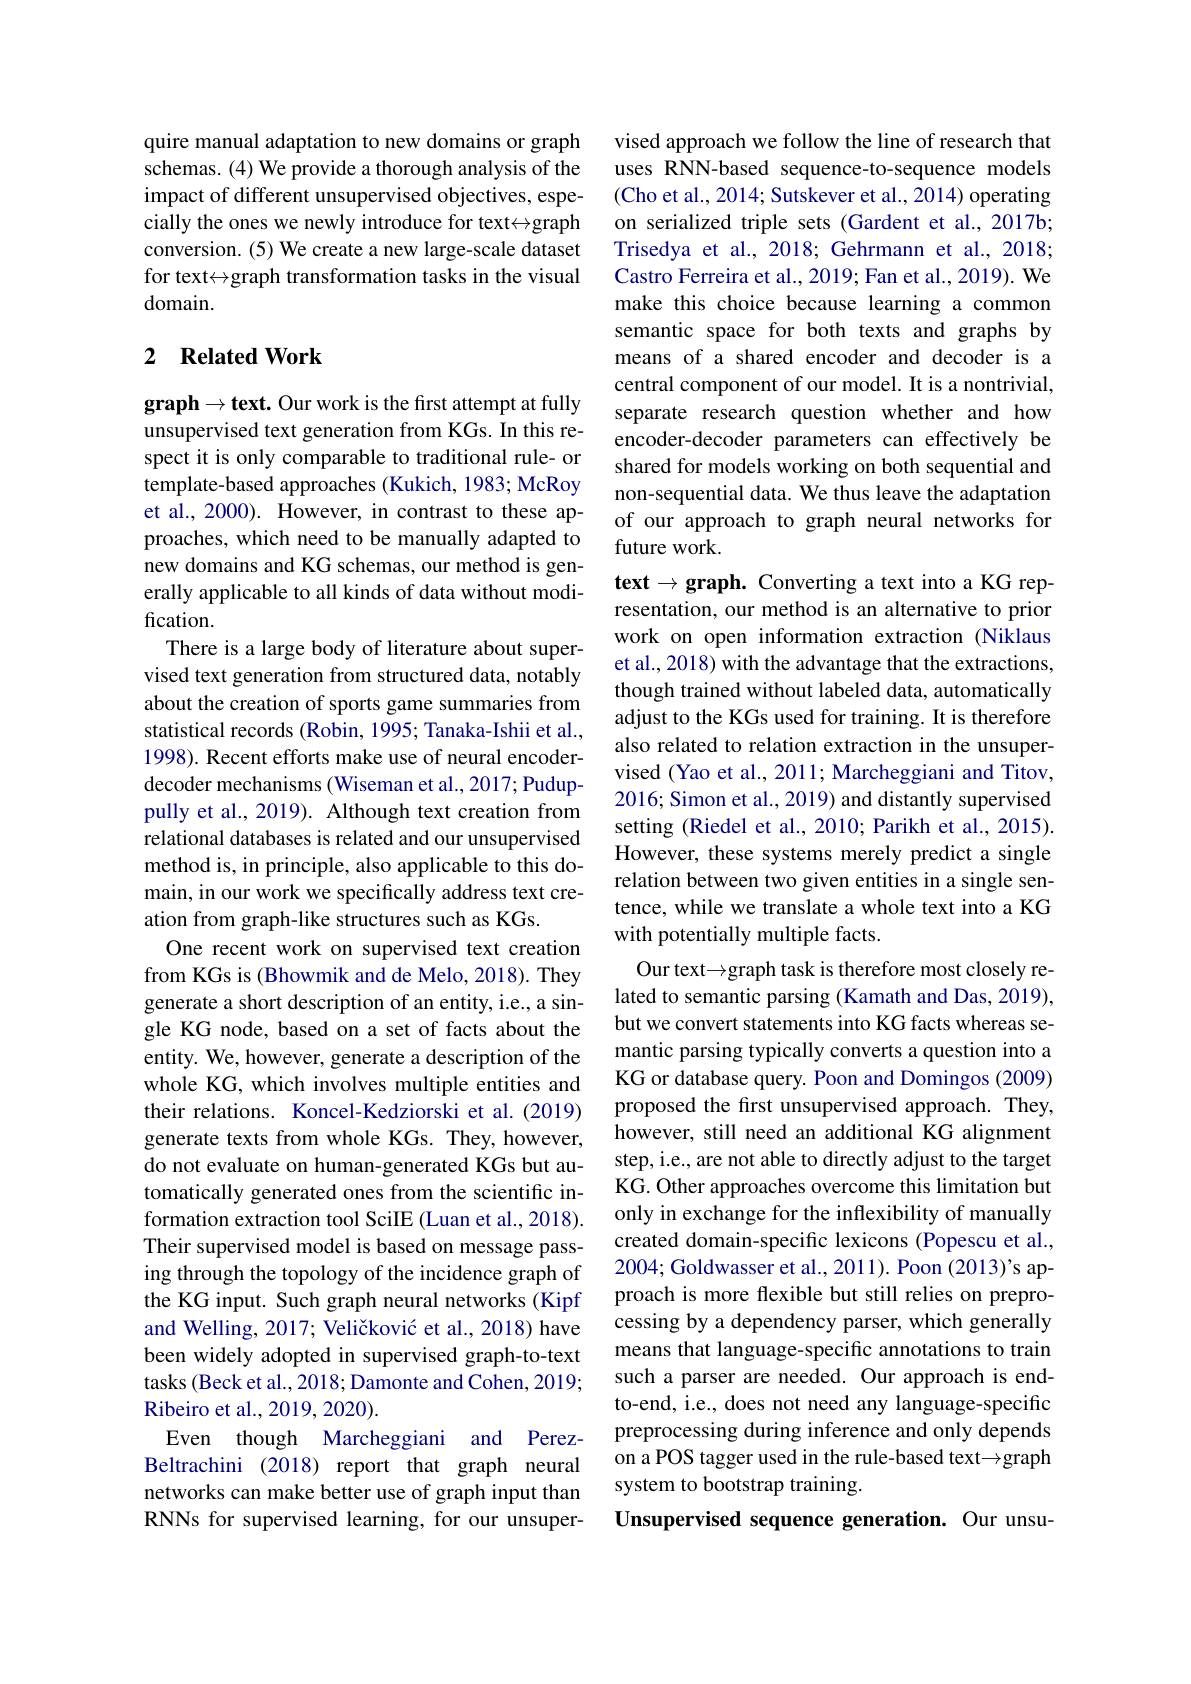
quire manual adaptation to new domains or graph schemas. (4) We provide a thorough analysis of the impact of different unsupervised objectives, especially the ones we newly introduce for text$\leftrightarrow$graph conversion. (5) We create a new large-scale dataset for text$\leftrightarrow$graph transformation tasks in the visual domain.

## 2 $\textbf{Related Work}$

$\mathbf{graph}\to\mathbf{text.~Our~work~is~the~first~attempt~at~fully}$ unsupervised text generation from KGs. In this respect it is only comparable to traditional rule- or template-based approaches (Kukich, 1983; McRoy et al., 2000). However, in contrast to these approaches, which need to be manually adapted to new domains and KG schemas, our method is generally applicable to all kinds of data without modification.
There is a large body of literature about supervised text generation from structured data, notably about the creation of sports game summaries from statistical records (Robin, 1995; Tanaka-Ishii et al., 1998). Recent efforts make use of neural encoderdecoder mechanisms (Wiseman et al., 2017; Puduppully et al., 2019). Although text creation from relational databases is related and our unsupervised method is, in principle, also applicable to this domain, in our work we specifically address text creation from graph-like structures such as KGs.
One recent work on supervised text creation from KGs is (Bhowmik and de Melo, 2018). They generate a short description of an entity, i.e., a single KG node, based on a set of facts about the entity. We, however, generate a description of the whole KG, which involves multiple entities and their relations. Koncel-Kedziorski et al.(2019) generate texts from whole KGs. They, however, do not evaluate on human-generated KGs but automatically generated ones from the scientific information extraction tool SciIE (Luan et al., 2018). Their supervised model is based on message passing through the topology of the incidence graph of the KG input. Such graph neural networks (Kipf and Welling, 2017; Veličković et al., 2018) have been widely adopted in supervised graph-to-text tasks (Beck et al., 2018; Damonte and Cohen, 2019; Ribeiro et al. , 2019, 2020) .
Even though Marcheggiani and PerezBeltrachini (2018) report that graph neural networks can make better use of graph input than RNNs for supervised learning, for our unsuper-

vised approach we follow the line of research that uses RNN-based sequence-to-sequence models (Cho et al., 2014; Sutskever et al., 2014) operating on serialized triple sets (Gardent et al.,2017b; Trisedya et al., 2018; Gehrmann et al., 2018; Castro Ferreira et al., 2019; Fan et al., 2019). We make this choice because learning a common semantic space for both texts and graphs by means of a shared encoder and decoder is a central component of our model. It is a nontrivial, separate research question whether and how encoder-decoder parameters can effectively be shared for models working on both sequential and non-sequential data. We thus leave the adaptation of our approach to graph neural networks for future work.

text$\to \textbf{graph. Converting a text into a KG rep- }$ resentation, our method is an alternative to prior work on open information extraction (Niklaus et al., 2018) with the advantage that the extractions, though trained without labeled data, automatically adjust to the KGs used for training. It is therefore also related to relation extraction in the unsupervised (Yao et al., 2011; Marcheggiani and Titov, 2016; Simon et al., 2019) and distantly supervised setting (Riedel et al., 2010; Parikh et al., 2015). However, these systems merely predict a single relation between two given entities in a single sentence, while we translate a whole text into a KG with potentially multiple facts.
Our text$\to$graph task is therefore most closely related to semantic parsing (Kamath and Das, 2019), but we convert statements into KG facts whereas semantic parsing typically converts a question into a KG or database query. Poon and Domingos (2009) proposed the first unsupervised approach. They, however, still need an additional KG alignment step, i.e., are not able to directly adjust to the target KG. Other approaches overcome this limitation but only in exchange for the inflexibility of manually created domain-specific lexicons (Popescu et al., 2004; Goldwasser et al., 2011). Poon (2013)'s approach is more flexible but still relies on preprocessing by a dependency parser, which generally means that language-specific annotations to train such a parser are needed. Our approach is endto-end, i.e., does not need any language-specific preprocessing during inference and only depends on a POS tagger used in the rule-based text -graph system to bootstrap training.
Unsupervised sequence generation. Our unsu-